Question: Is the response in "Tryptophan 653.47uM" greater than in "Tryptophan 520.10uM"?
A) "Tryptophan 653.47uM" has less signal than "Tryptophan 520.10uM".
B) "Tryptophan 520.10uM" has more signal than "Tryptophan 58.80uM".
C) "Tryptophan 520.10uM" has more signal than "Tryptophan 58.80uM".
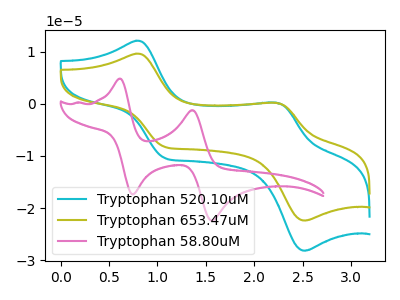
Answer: <think>The cyan curve "Tryptophan 520.10uM" has anodic peaks at (0.80V, 12.10uA) (2.25V, 0.20uA) and cathodic peaks at (1.05V, -10.40uA) (2.50V, -28.15uA). The olive curve "Tryptophan 653.47uM" has anodic peaks at (0.80V, 9.60uA) (2.25V, 0.15uA) and cathodic peaks at (1.05V, -8.25uA) (2.50V, -22.35uA). The pink curve "Tryptophan 58.80uM" has anodic peaks at (0.60V, 4.80uA) (1.35V, -1.25uA) and cathodic peaks at (0.75V, -17.35uA) (1.55V, -22.40uA).
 All the peaks in "Tryptophan 653.47uM" have a peak in "Tryptophan 520.10uM" at the same potential. Every peak in "Tryptophan 653.47uM" is lower than every peak in "Tryptophan 520.10uM".</think>
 <answer>A) "Tryptophan 653.47uM" has less signal than "Tryptophan 520.10uM".</answer>
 <eval>A</eval>